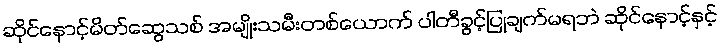
ဆိုင်နောင့်မိတ်ဆွေသစ် အမျိုးသမီးတစ်ယောက် ပါတီခွင့်ပြုချက်မရဘဲ ဆိုင်နောင့်နှင့်